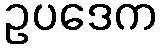
ဥပဒေက